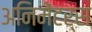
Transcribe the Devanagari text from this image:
अनिमेंटर्स